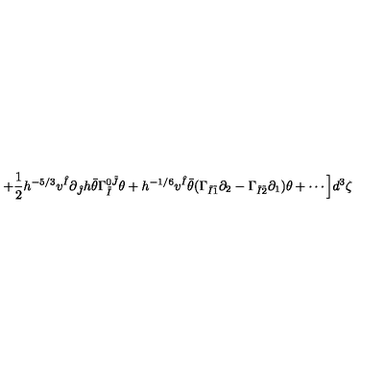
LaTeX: + \frac { 1 } { 2 } h ^ { - 5 / 3 } v ^ { \hat { I } } \partial _ { \hat { J } } h \bar { \theta } \Gamma _ { \tilde { I } } ^ { 0 \tilde { J } } \theta + h ^ { - 1 / 6 } v ^ { \hat { I } } \bar { \theta } ( \Gamma _ { \tilde { I } \tilde { 1 } } \partial _ { 2 } - \Gamma _ { \tilde { I } \tilde { 2 } } \partial _ { 1 } ) \theta + \cdots \Big ] d ^ { 3 } \zeta